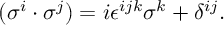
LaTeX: ( \sigma ^ { i } \cdot \sigma ^ { j } ) = i \epsilon ^ { i j k } \sigma ^ { k } + \delta ^ { i j } .